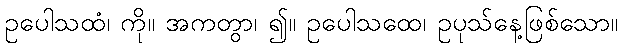
ဥပေါသထံ၊ ကို။ အကတွာ၊ ၍။ ဥပေါသထေ၊ ဥပုသ်နေ့ဖြစ်သော။